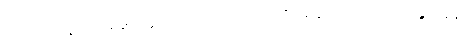
တဒေကဋ္ဌ ပုဒ်အဖွင့်တွင် သဟဇေကဋ္ဌ ပဟာနေကဋ္ဌ ၂-မျိုးကိုခွဲပြခန်း